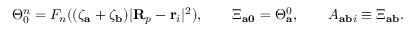
\Theta _ { 0 } ^ { n } = F _ { n } ( ( \zeta _ { \mathbf { a } } + \zeta _ { \mathbf { b } } ) \vert \mathbf { R } _ { p } - \mathbf { r } _ { i } \vert ^ { 2 } ) , \qquad \Xi _ { \mathbf { a 0 } } = \Theta _ { \mathbf { a } } ^ { 0 } , \qquad A _ { \mathbf { a b } i } \equiv \Xi _ { \mathbf { a b } } .